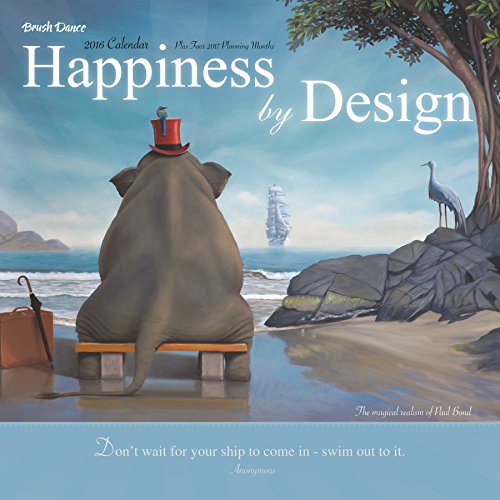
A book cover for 2016 Happiness by Design Wall Calendar; Brush Dance and Paul Bond; Calendars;